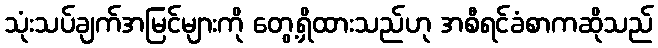
သုံးသပ်ချက်အမြင်များကို တွေ့ရှိထားသည်ဟု အစီရင်ခံစာကဆိုသည်